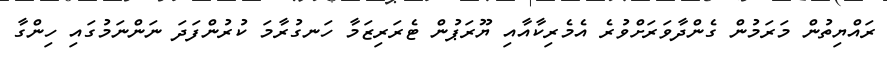
ރައްޔިތުން މަރަމުން ގެންދާވަރަށްވުރެ އެމެރިކާއާއި ޔޫރަޕުން ޓެރަރިޒަމާ ހަނގުރާމަ ކުރުންފަދަ ނަންނަމުގައި ހިންގާ